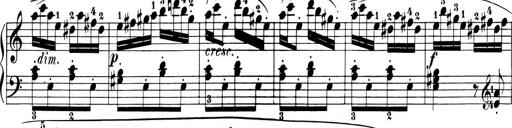
Title: 6 Piano Sonatinas
Composer: Cornelius Gurlitt